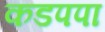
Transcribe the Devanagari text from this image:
कडपपा